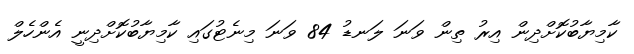
ކާމިޔާބުކޮށްދިން އިރު ތިން ވަނަ ލަނޑު 84 ވަނަ މިނެޓުގައި ކާމިޔާބުކޮށްދިނީ އެންހެލް